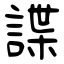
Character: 諜